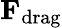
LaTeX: \mathbf{F}_{\mathrm{drag}}